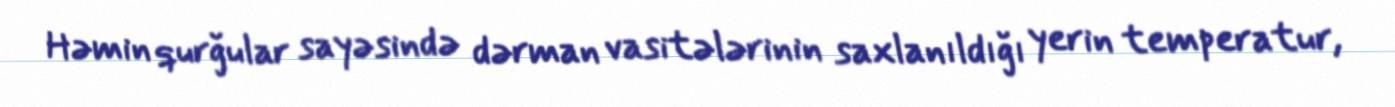
Həmin qurğular sayəsində dərman vasitələrinin saxlanıldığı yerin temperatur,